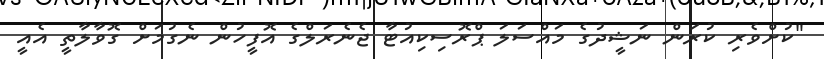
"ކުށްވެރި ކުރަން ނަޝީދުގެ މައްސަލަ ޕްރޮސިކިއުޓާ ޖެނެރަލްގެ އޮފީހުން ނެގުމަށް ގޮވާލާތީ އެއީ